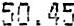
50.45